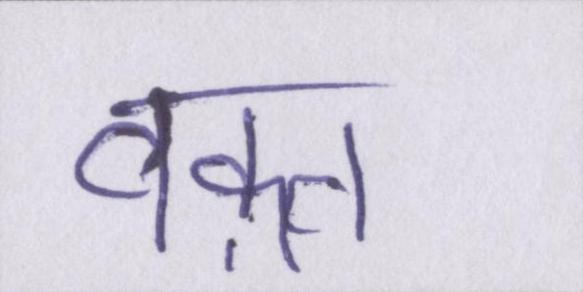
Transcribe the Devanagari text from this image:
वक़्त